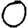
Digit: 0